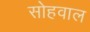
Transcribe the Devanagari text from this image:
सोहवाल